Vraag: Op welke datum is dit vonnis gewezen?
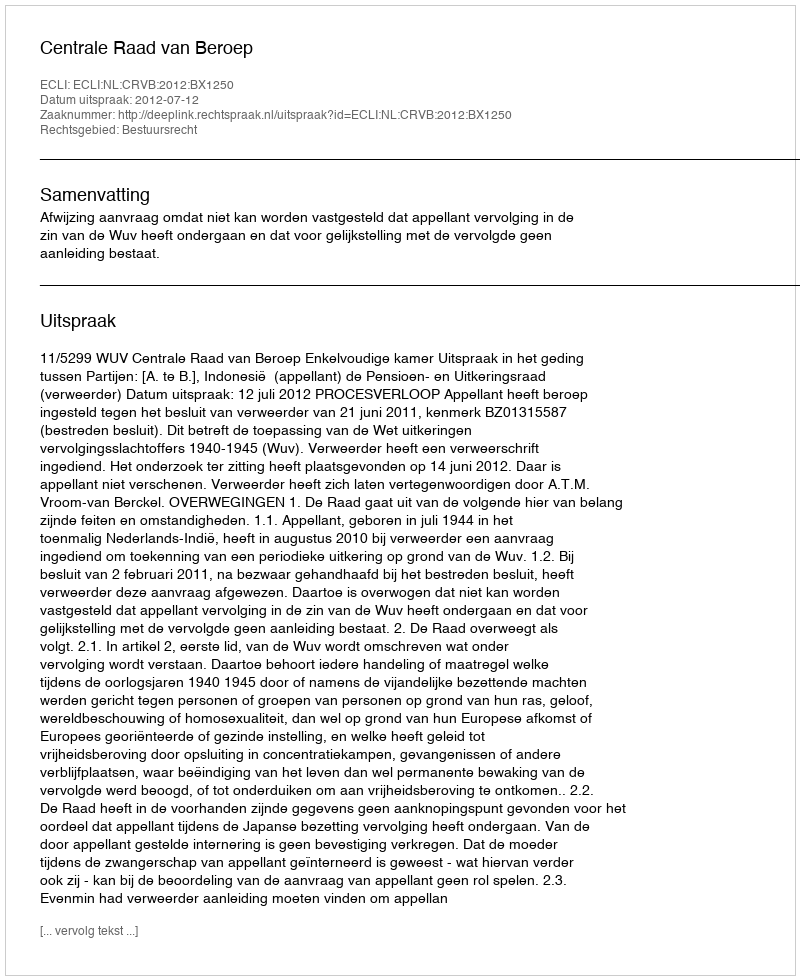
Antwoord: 2012-07-12